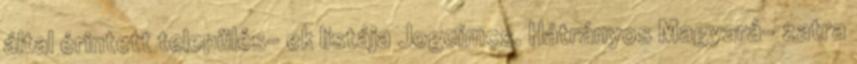
által érintett település- ek listája Jogcímcs. Hátrányos Magyará- zatra